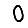
Digit: 0